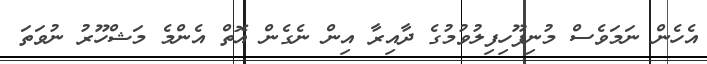
އެހެން ނަމަވެސް މުނިފޫހިފިލުވުމުގެ ދާއިރާ އިން ނެގެން އޮތް އެންމެ މަޝްހޫރު ނުވަތަ